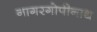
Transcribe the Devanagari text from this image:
नागरगोपीनाथ